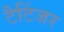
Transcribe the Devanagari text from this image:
टैटिंजर